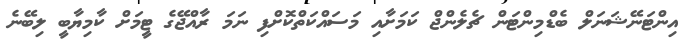
އިންޓަނޭޝަނަލް ބެޑްމިންޓަން ޗެލެންޖް ކަމަށާއި މަސައްކަތްކޮށްފި ނަމަ ރާއްޖޭގެ ޓީމަށް ކާމިޔާބީ ލިބޭނެ